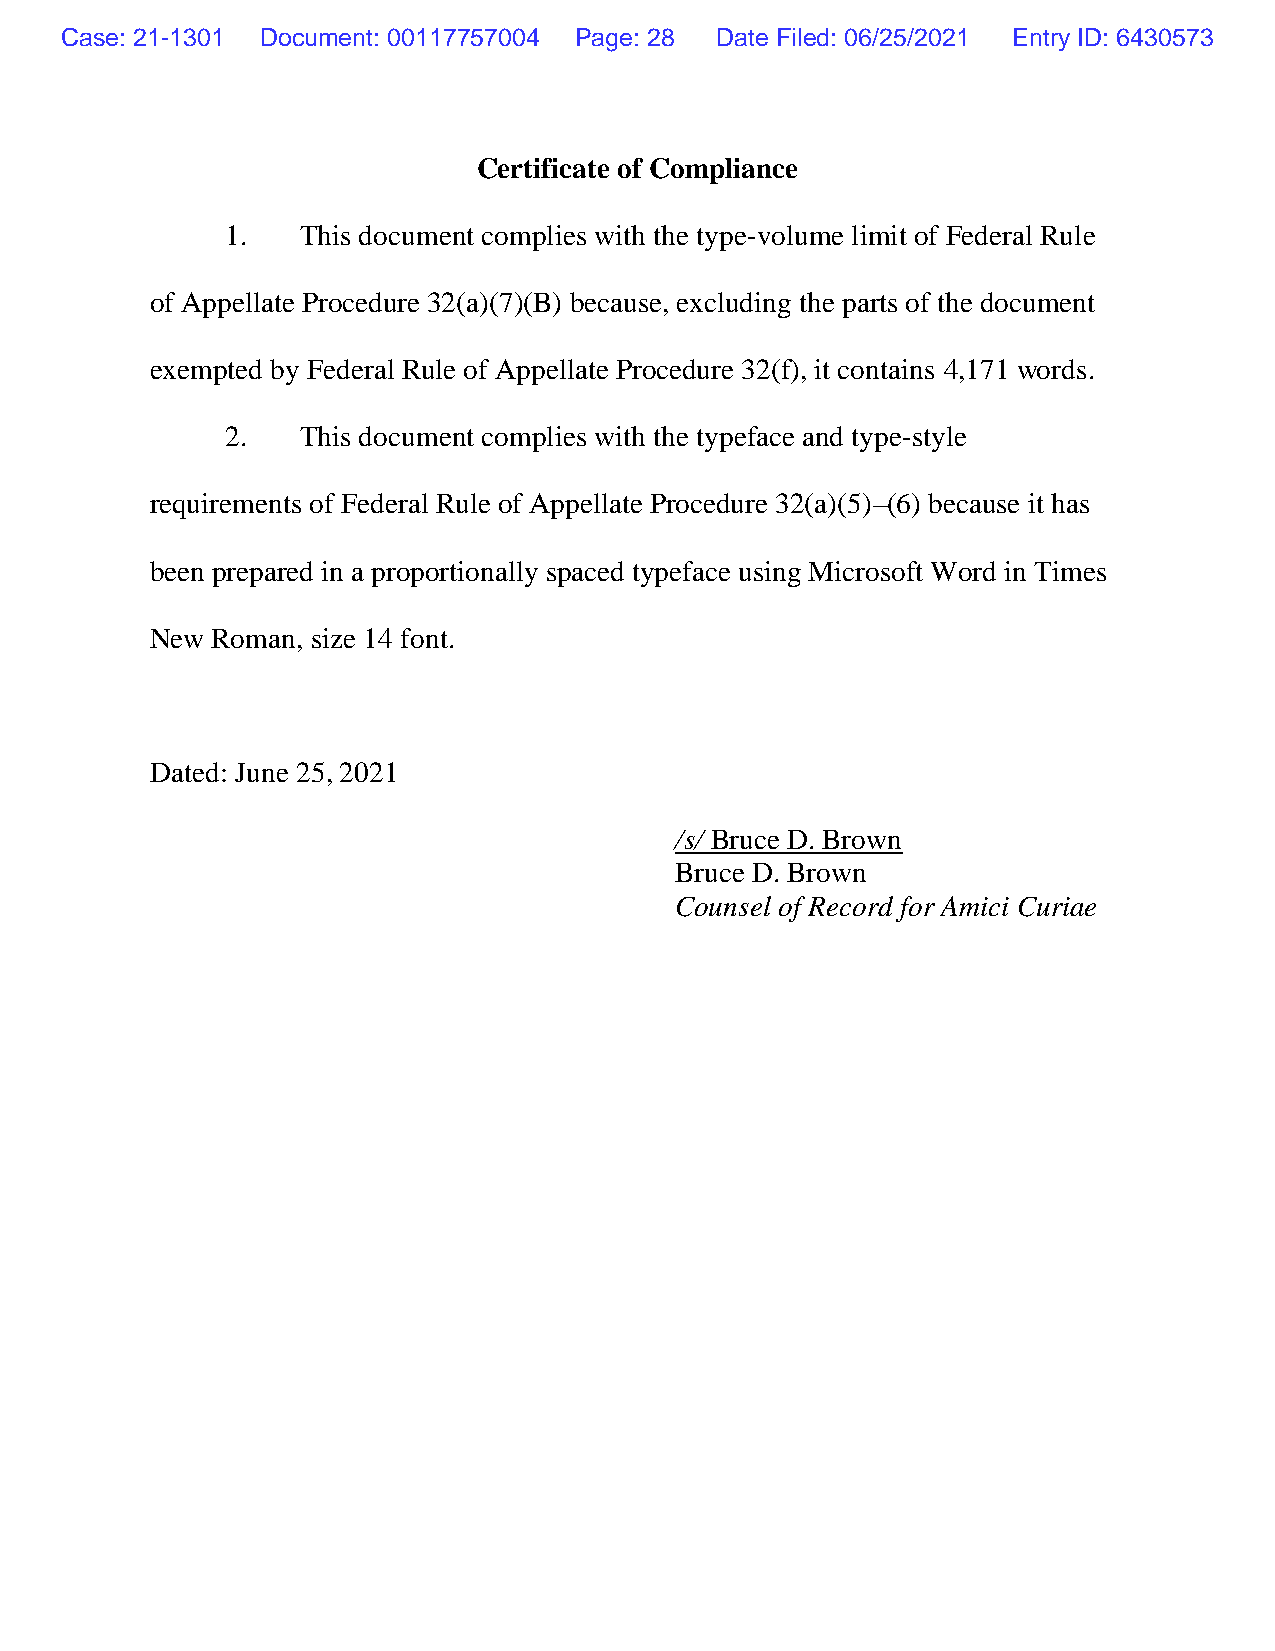
Case: 21-1301 Document: 00117757004 Page: 28 Date Filed: 06/25/2021 Entry ID: 6430573
 Certificate of Compliance
 1.   This document complies with the type-volume limit of Federal Rule
 of Appellate Procedure 32(a)(7)(B) because, excluding the parts of the document
 exempted by Federal Rule of Appellate Procedure 32(f), it contains 4,171 words.
 2.   This document complies with the typeface and type-style
 requirements of Federal Rule of Appellate Procedure 32(a)(5)–(6) because it has
 been prepared in a proportionally spaced typeface using Microsoft Word in Times
 New Roman, size 14 font.
 Dated: June 25, 2021
 /s/ Bruce D. Brown
 Bruce D. Brown
 Counsel of Record for Amici Curiae